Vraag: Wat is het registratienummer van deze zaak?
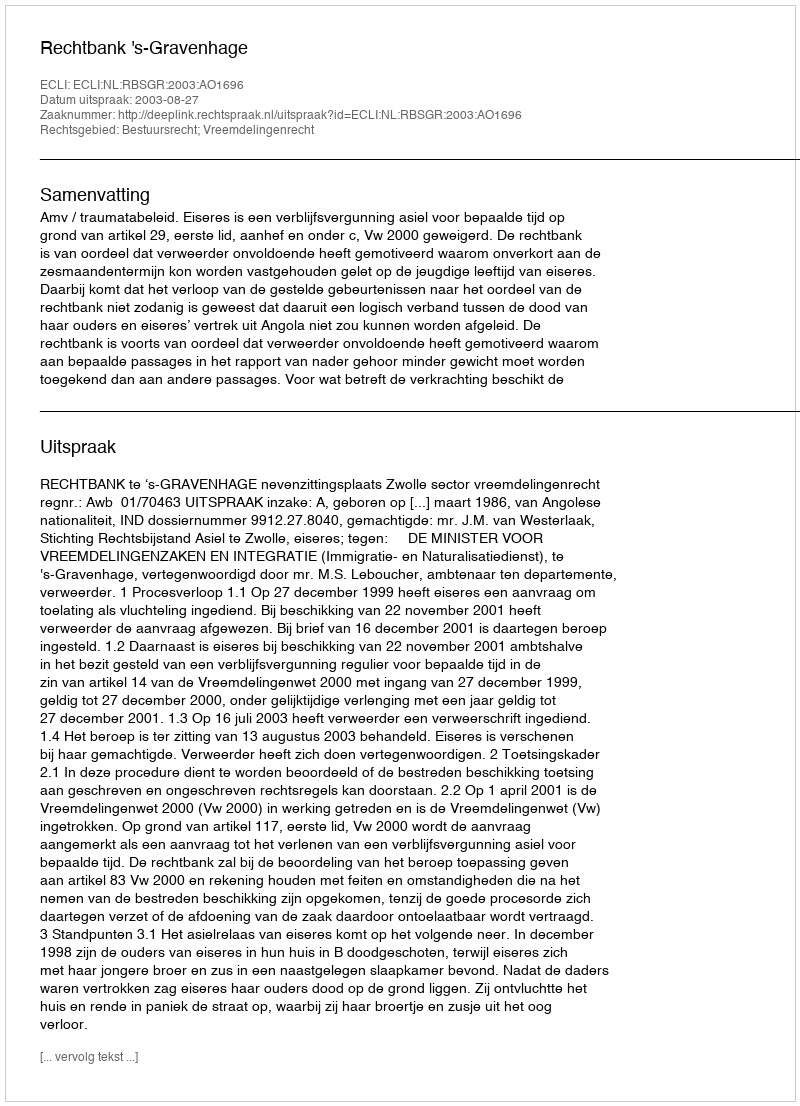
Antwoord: http://deeplink.rechtspraak.nl/uitspraak?id=ECLI:NL:RBSGR:2003:AO1696